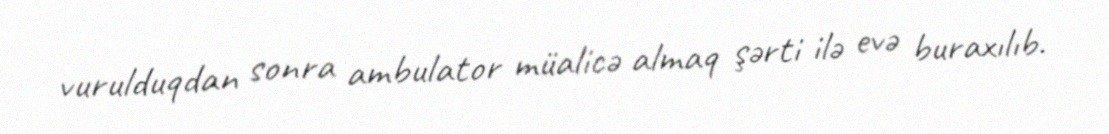
vurulduqdan sonra ambulator müalicə almaq şərti ilə evə buraxılıb.